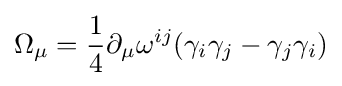
\Omega _{\mu }={\frac {1}{4}}\partial _{\mu }\omega ^{ij}(\gamma _{i}\gamma _{j}-\gamma _{j}\gamma _{i})